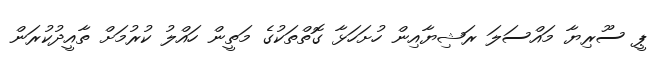
ޕީ ސޫރިޔާ މައްސަލަ ރަޝިޔާއިން ހުށަހަޅާ ގޮތްތަކުގެ މަތީން ހައްލު ކުރުމަށް ތާއީދުކުރަން